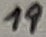
Text: 19